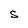
Character: S